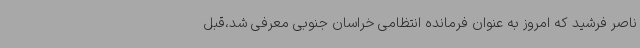
ناصر فرشید که امروز به عنوان فرمانده انتظامی خراسان جنوبی معرفی شد،قبل